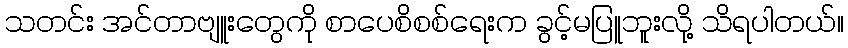
သတင်း အင်တာဗျူးတွေကို စာပေစိစစ်ရေးက ခွင့်မပြူဘူးလို့ သိရပါတယ်။